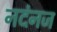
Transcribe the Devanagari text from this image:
नदंनज